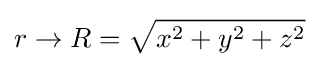
r\to R={\sqrt {x^{2}+y^{2}+z^{2}}}